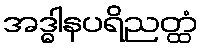
အဒ္ဓါနပရိညတ္ထံ